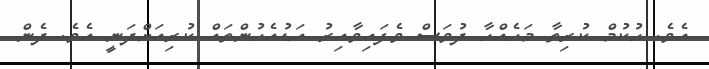
އެވެ. ހުކުމް ކުރިތާ މަހެއްހާ ދުވަސް ވެފައިވާއިރު އަޑުއެހުންތައް ކުރިއަށްދަނީ އެވެ. ދެން